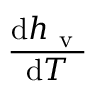
\frac { \mathrm { d } h _ { \mathrm { ~ v ~ } } } { \mathrm { d } T }